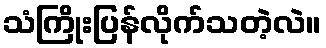
သံကြိုးပြန်လိုက်သတဲ့လဲ။